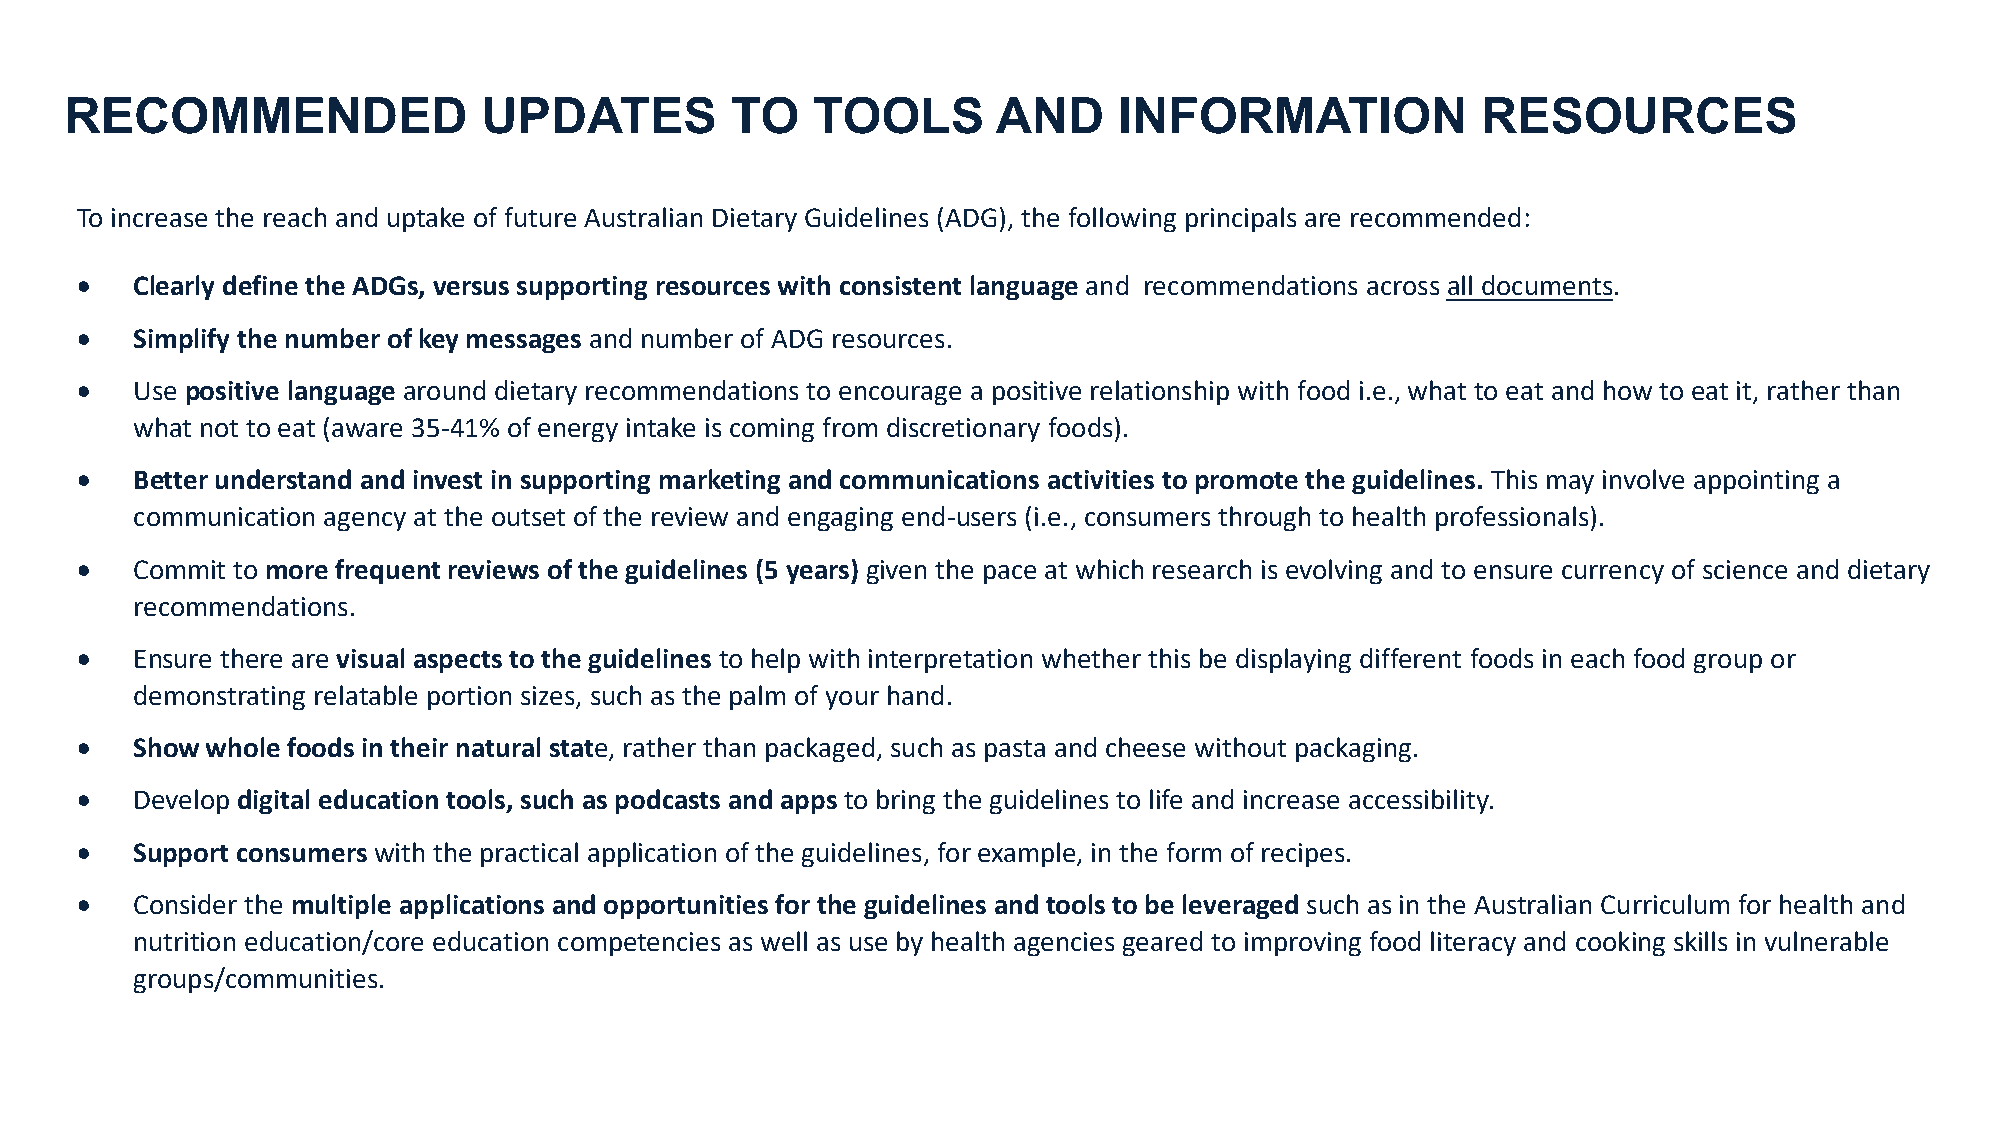
RECOMMENDED                 UPDATES         TO    TOOLS       AND     INFORMATION             RESOURCES
 To increase the reach and uptake of future Australian Dietary Guidelines (ADG), the following principals are recommended:
 •   Clearly define the ADGs, versus supporting resources with consistent language and recommendations across all documents.
 •   Simplify the number of key messages and number of ADG resources.
 •   Use positive language around dietary recommendations to encourage a positive relationship with food i.e., what to eat and how to eat it, rather than
 what not to eat (aware 35-41% of energy intake is coming from discretionary foods).
 •   Better understand and invest in supporting marketing and communications activities to promote the guidelines. This may involve appointing a
 communication agency at the outset of the review and engaging end-users (i.e., consumers through to health professionals).
 •   Commit to more frequent reviews of the guidelines (5 years) given the pace at which research is evolving and to ensure currency of science and dietary
 recommendations.
 •   Ensure there are visual aspects to the guidelines to help with interpretation whether this be displaying different foods in each food group or
 demonstrating relatable portion sizes, such as the palm of your hand.
 •   Show whole foods in their natural state, rather than packaged, such as pasta and cheese without packaging.
 •   Develop digital education tools, such as podcasts and apps to bring the guidelines to life and increase accessibility.
 •   Support consumers with the practical application of the guidelines, for example, in the form of recipes.
 •   Consider the multiple applications and opportunities for the guidelines and tools to be leveraged such as in the Australian Curriculum for health and
 nutrition education/core education competencies as well as use by health agencies geared to improving food literacy and cooking skills in vulnerable
 groups/communities.